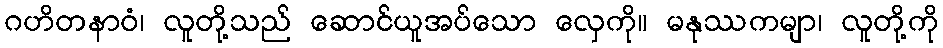
ဂဟိတနာဝံ၊ လူတို့သည် ဆောင်ယူအပ်သော လှေကို။ မနုဿကမျာ၊ လူတို့ကို